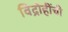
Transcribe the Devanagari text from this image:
विद्रोहींची